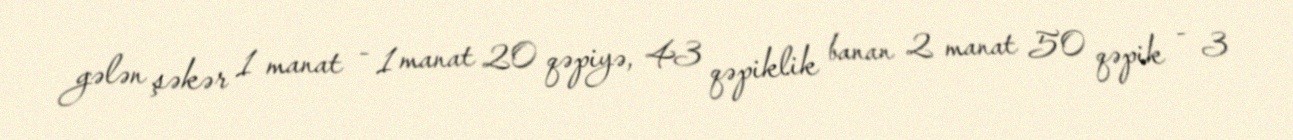
gələn şəkər 1 manat - 1 manat 20 qəpiyə, 43 qəpiklik banan 2 manat 50 qəpik - 3